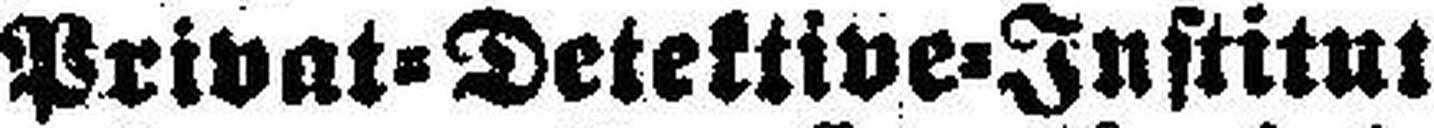
Privat=Detektive=Institut